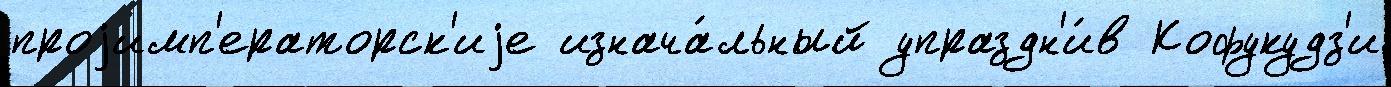
проjимп'ераторск'иjе изнача́льный упраздн'и́в Кофукудз'и